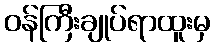
ဝန်ကြီးချုပ်ရာထူးမှ